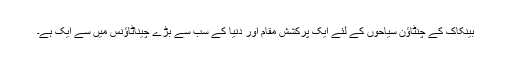
بینکاک کے چنٹاؤن سیاحوں کے لئے ایک پرکشش مقام اور دنیا کے سب سے بڑے چیناٹاؤنس میں سے ایک ہے۔